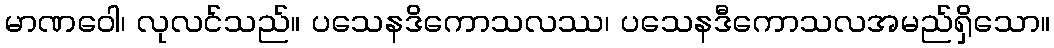
မာဏဝေါ၊ လုလင်သည်။ ပသေနဒိကောသလဿ၊ ပသေနဒီကောသလအမည်ရှိသော။